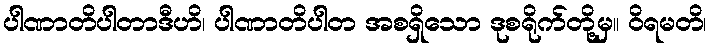
ပါဏာတိပါတာဒီဟိ၊ ပါဏာတိပါတ အစရှိသော ဒုစရိုက်တို့မှ။ ဝိရမတိ၊